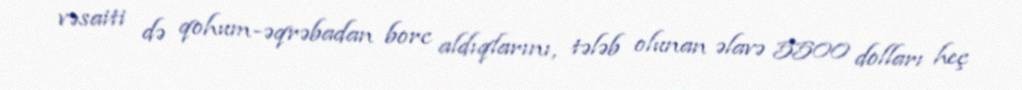
vəsaiti də qohum-əqrəbadan borc aldıqlarını, tələb olunan əlavə 5500 dolları heç